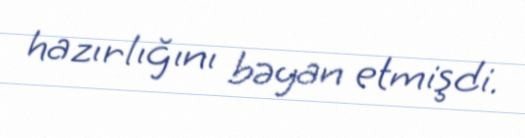
hazırlığını bəyan etmişdi.